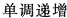
单调递增